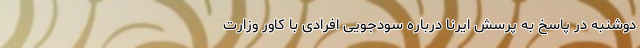
دوشنبه در پاسخ به پرسش ایرنا درباره سودجویی افرادی با کاور وزارت